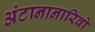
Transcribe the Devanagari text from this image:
अंटानानारिवो